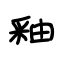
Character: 釉